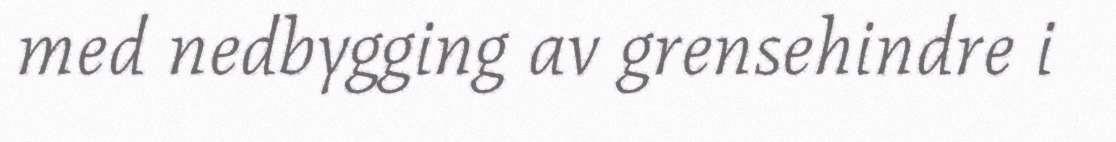
med nedbygging av grensehindre i